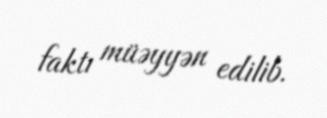
faktı müəyyən edilib.